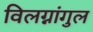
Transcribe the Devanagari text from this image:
विलग्नांगुल